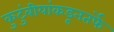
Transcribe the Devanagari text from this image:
कुटुंबीयांकडूनतर्फे